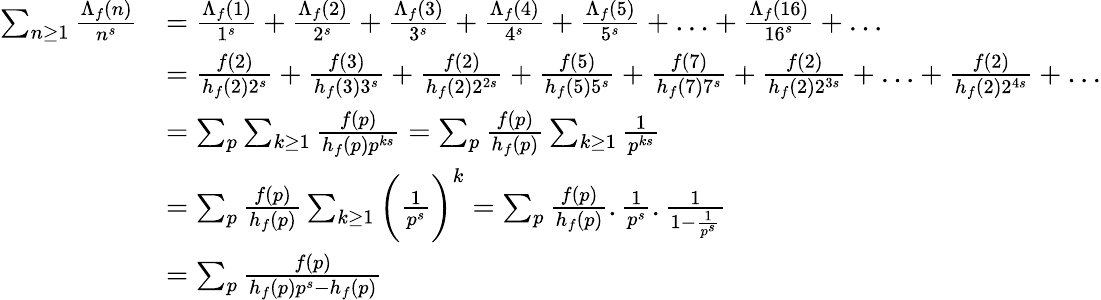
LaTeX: \begin{array}{rl}{\sum_{n\geq 1}\frac{\Lambda_{f}(n)}{n^{s}}}&{=\frac{\Lambda_{f}(1)}{1^{s}}+\frac{\Lambda_{f}(2)}{2^{s}}+\frac{\Lambda_{f}(3)}{3^{s}}+\frac{\Lambda_{f}(4)}{4^{s}}+\frac{\Lambda_{f}(5)}{5^{s}}+\ldots+\frac{\Lambda_{f}(16)}{16^{s}}+\ldots}\\ &{=\frac{f(2)}{h_{f}(2)2^{s}}+\frac{f(3)}{h_{f}(3)3^{s}}+\frac{f(2)}{h_{f}(2)2^{2s}}+\frac{f(5)}{h_{f}(5)5^{s}}+\frac{f(7)}{h_{f}(7)7^{s}}+\frac{f(2)}{h_{f}(2)2^{3s}}+\ldots+\frac{f(2)}{h_{f}(2)2^{4s}}+\ldots}\\ &{=\sum_{p}\sum_{k\geq 1}\frac{f(p)}{h_{f}(p)p^{ks}}=\sum_{p}\frac{f(p)}{h_{f}(p)}\sum_{k\geq 1}\frac{1}{p^{ks}}}\\ &{=\sum_{p}\frac{f(p)}{h_{f}(p)}\sum_{k\geq 1}\bigg(\frac{1}{p^{s}}\bigg)^{k}=\sum_{p}\frac{f(p)}{h_{f}(p)}.\frac{1}{p^{s}}.\frac{1}{1-\frac{1}{p^{s}}}}\\ &{=\sum_{p}\frac{f(p)}{h_{f}(p)p^{s}-h_{f}(p)}}\end{array}